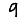
Digit: 9